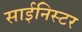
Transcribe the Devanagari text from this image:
साईनिस्टर